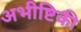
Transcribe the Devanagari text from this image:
अभीष्टिकी